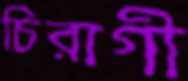
চিরাগী